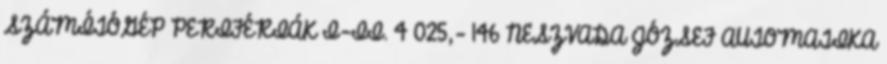
SZÁMÍTÓGÉP PERIFÉRIÁK I-II. 4 025,- 146 NESZVADA JÓZSEF AUTOMATIKA